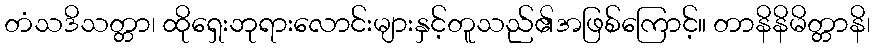
တံသဒိသတ္တာ၊ ထိုရှေးဘုရားလောင်းများနှင့်တူသည်၏အဖြစ်ကြောင့်။ တာနိနိမိတ္တာနိ၊